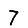
Digit: 7